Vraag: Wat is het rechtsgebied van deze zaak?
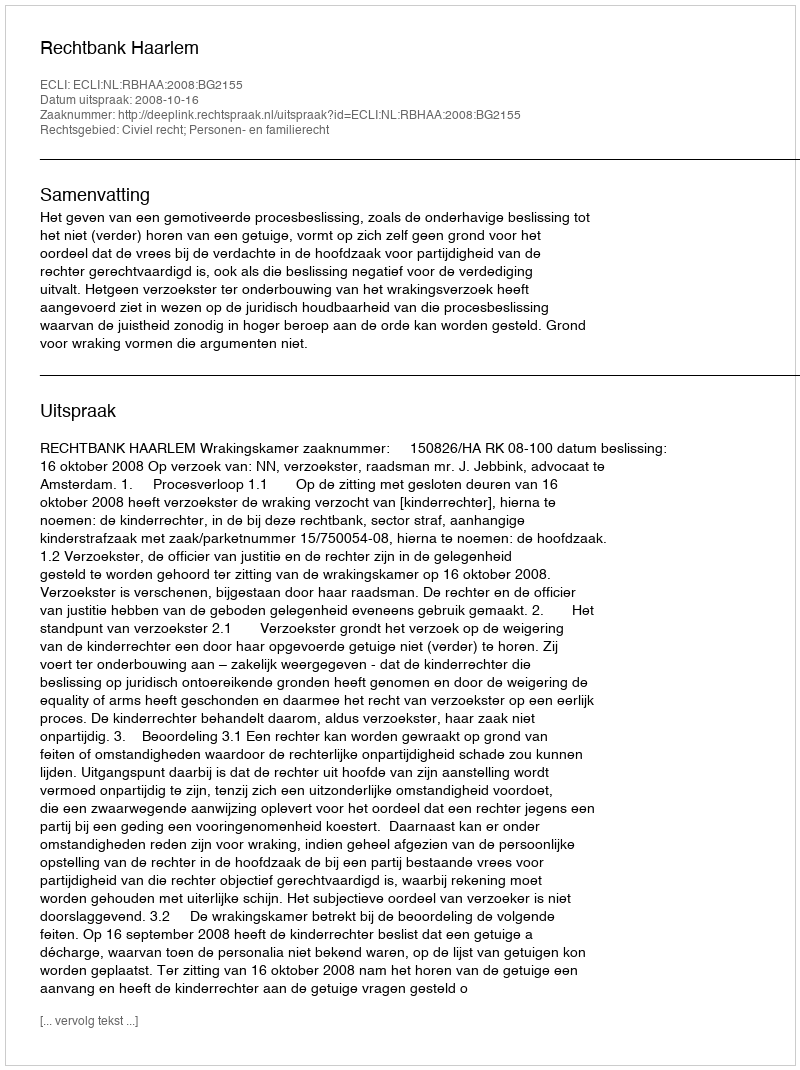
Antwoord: Civiel recht; Personen- en familierecht